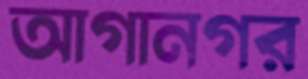
আগানগর